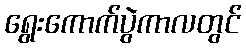
ရွေးကောက်ပွဲကာလတွင်